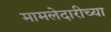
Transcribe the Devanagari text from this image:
मामलेदारीच्या